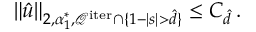
\| \hat { u } \| _ { 2 , \alpha _ { 1 } ^ { * } , \mathcal { Q } ^ { \mathrm { i t e r } } \cap \{ 1 - | s | > \hat { d } \} } \leq C _ { \hat { d } } \, .